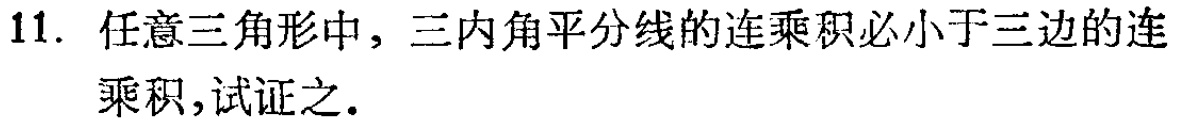
11. 任意三角形中，三内角平分线的连乘积必小于三边的连乘积,试证之.